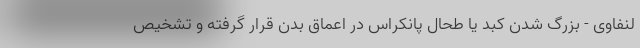
لنفاوی - بزرگ شدن کبد یا طحال پانکراس در اعماق بدن قرار گرفته و تشخیص